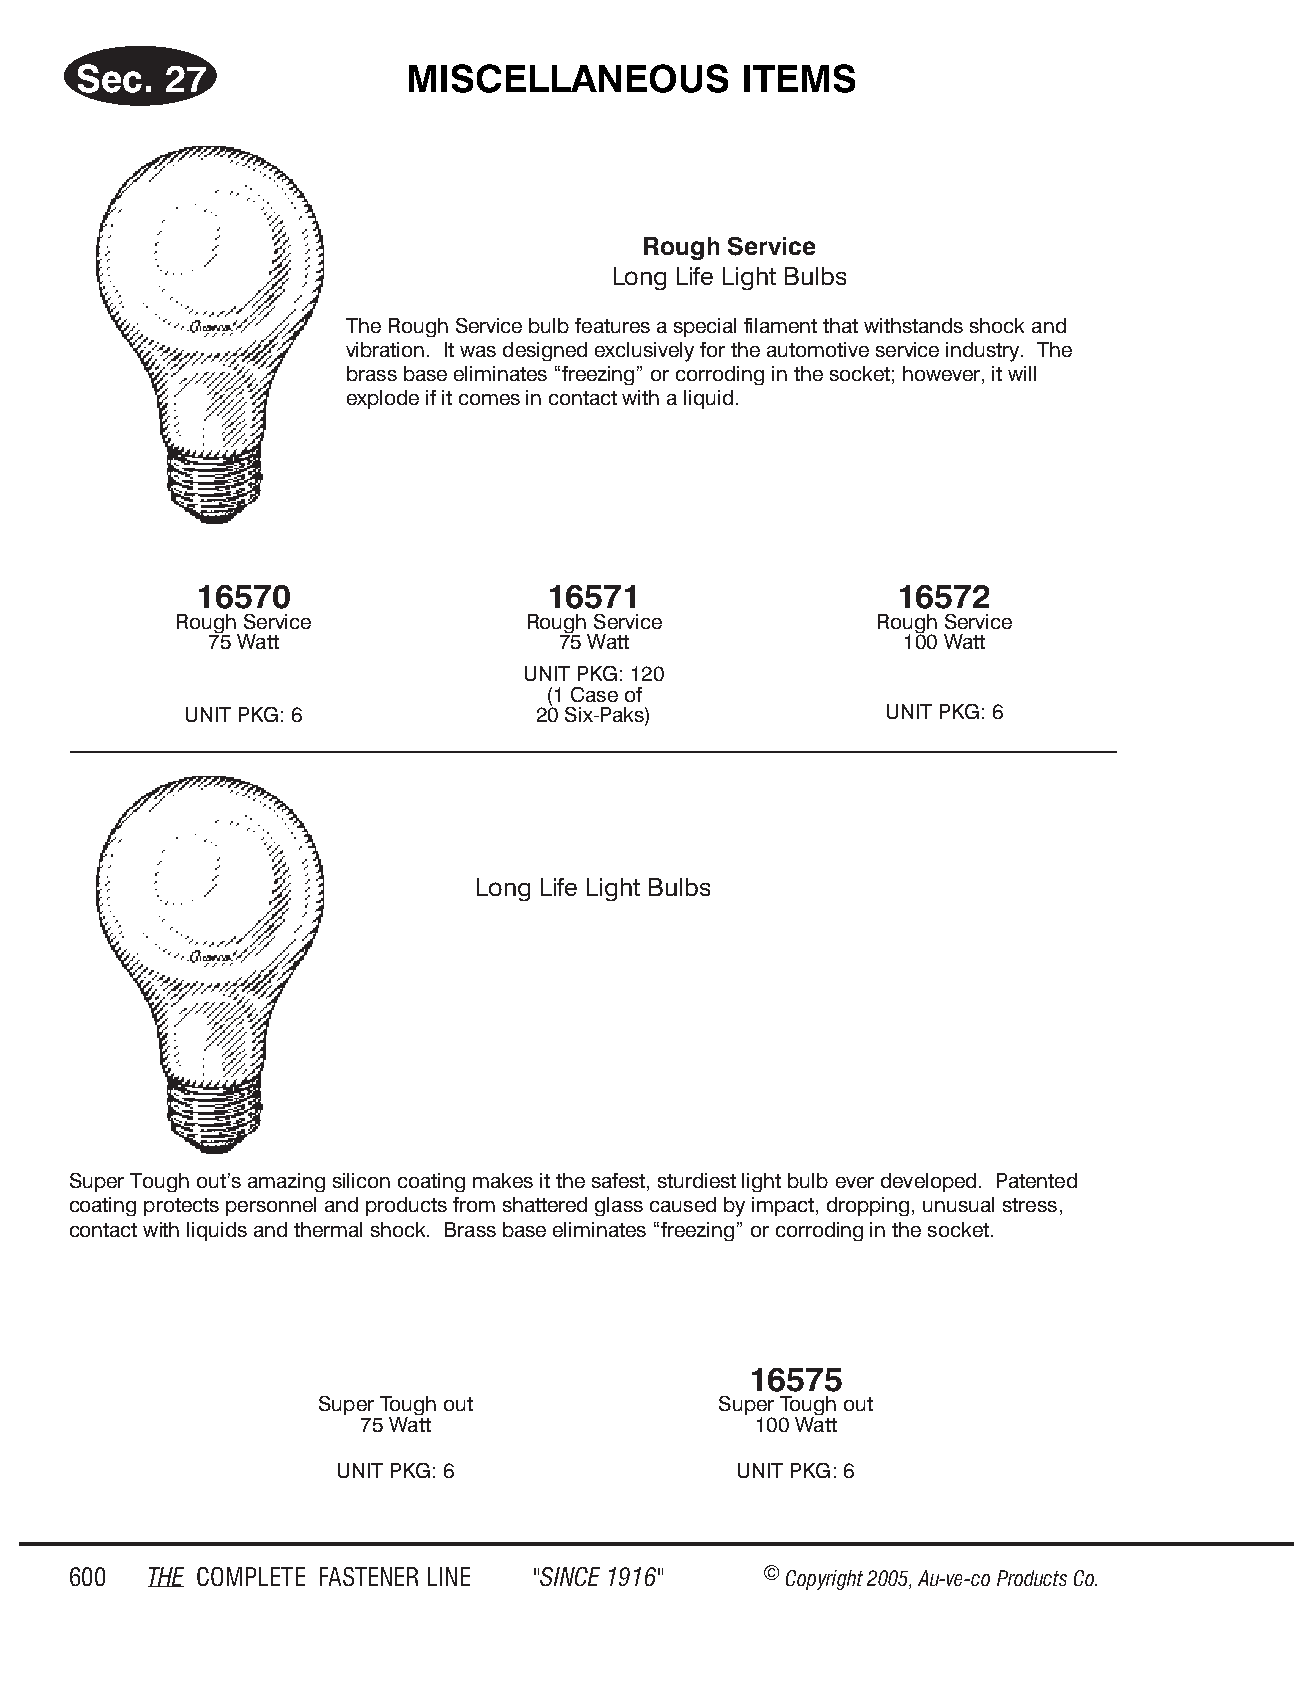
Sec.  27              MIS  CEL  LA NEOUS    ITEMS
 Rough Ser vice
 Long Life Light Bulbs
 The Rough Service bulb features a special filament that withstands shock and
 vibration. It was designed exclusively for the automotive service industry. The
 brass base eliminates “freezing” or corroding in the socket; however, it will
 explode if it comes in contact with a liquid.
 16570                  16571                   16572
 Rough Serv ice         Rough Serv ice         Rough Serv ice
 75 Watt                75 Watt                100 Watt
 UNIT PKG: 120
 (1 Case of
 UNIT PKG: 6             20 Six-Paks)           UNIT PKG: 6
 Long Life Light Bulbs
 Super Tough out’s amazing silicon coating makes it the safest, sturdiest light bulb ever developed. Patented
 coating protects personnel and products from shattered glass caused by impact, dropping, unusual stress,
 contact with liquids and thermal shock. Brass base eliminates “freezing” or corroding in the socket.
 16575
 Super Tough out            Super Tough out
 75 Watt                   100 Watt
 UNIT PKG: 6                UNIT PKG: 6
 600  THE COM PLETE FAST ENER LINE "SINCE 1916" © Copyr ight 2005, Au-ve-co Produ cts Co.